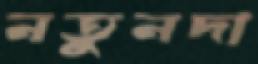
নতুনদা